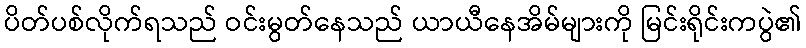
ပိတ်ပစ်လိုက်ရသည် ဝင်းမွတ်နေသည် ယာယီနေအိမ်များကို မြင်းရိုင်းကပွဲ၏